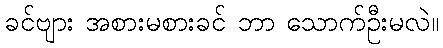
ခင်ဗျား အစားမစားခင် ဘာ သောက်ဦးမလဲ။